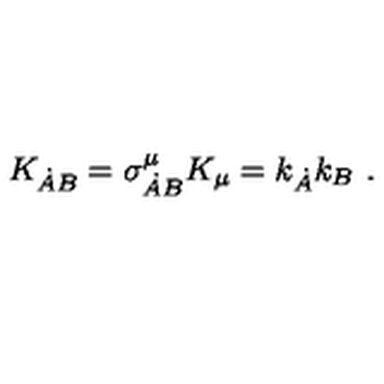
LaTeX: K _ { \dot { A } B } = \sigma _ { \dot { A } B } ^ { \mu } K _ { \mu } = k _ { \dot { A } } k _ { B } \ .